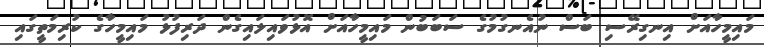
މައިމީހާއަށް އިނގިރޭސި ބަސް ނުއެނގުމުގެ ސަބަބުން މައިމީހާއަށް އޮޅުވައިލައިގެން ދަރިފުޅު މައިމީހާގެ ކުރިމަތީގައި